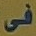
فى